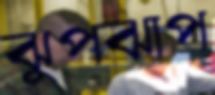
ঝুপঝাপ